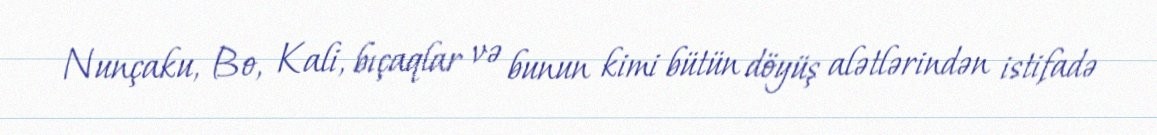
Nunçaku, Bo, Kali, bıçaqlar və bunun kimi bütün döyüş alətlərindən istifadə